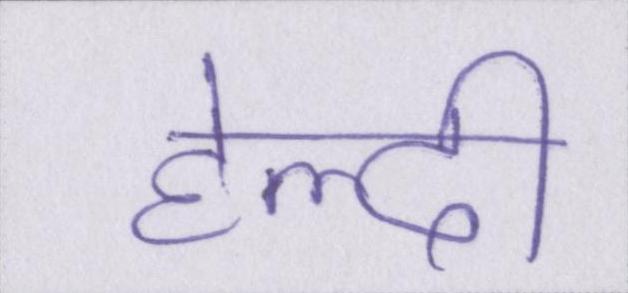
हेल्दी